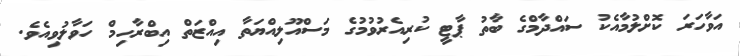
އަވާހަރަ ކޮށްލުމާއެކު ސައްދާމްގެ ބާތު ޕާޓީ ކުރިއެރުވުމުގެ މަސްއޫލިއްޔަތާ އިއްޒަތް އިބްރާހިމް ހަވާލުވިއެވެ.